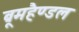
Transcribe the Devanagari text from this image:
ब्रूमहैण्डल